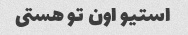
استیو اون تو هستی